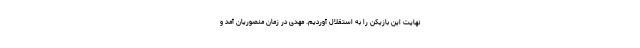
نهایت این بازیکن را به استقلال آوردیم. مهدی در زمان منصوریان آمد و